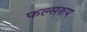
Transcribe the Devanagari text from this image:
फल्सरुप